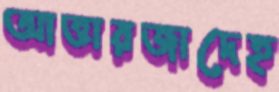
আত্তারজাদেহ